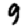
Digit: 9